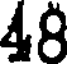
48